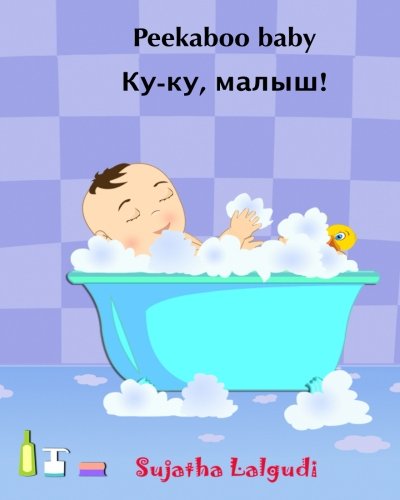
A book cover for Peekaboo baby: (Bilingual Edition) English Russian Picture book for children. Russian kids book. Children's book English Russian. Bilingual Russian ... Picture books) (Volume 1) (Russian Edition); Sujatha Lalgudi; Children's Books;